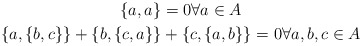
\begin{gather*}\{a,a\} = 0 \forall a \in A \\\{a,\{b,c\}\} + \{b,\{c,a\}\} + \{c,\{a,b\}\} = 0 \forall a,b,c \in A\end{gather*}